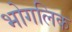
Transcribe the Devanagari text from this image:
भोगलिक